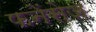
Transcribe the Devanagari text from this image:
फनेंसेज़